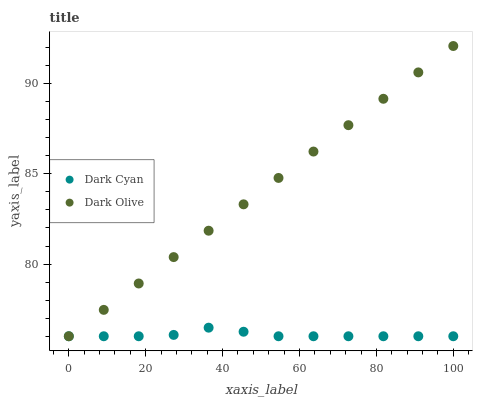
| xaxis_label | Dark Cyan | Dark Olive |
 | --- | --- | --- |
 | 0 | 76 | 76 |
 | 9.09 | 76 | 77.5 |
 | 18.2 | 76 | 78.9 |
 | 27.3 | 76.1 | 80.4 |
 | 36.4 | 76.5 | 81.8 |
 | 45.5 | 76.3 | 83.3 |
 | 54.5 | 76 | 84.8 |
 | 63.6 | 76 | 86.2 |
 | 72.7 | 76 | 87.7 |
 | 81.8 | 76 | 89.2 |
 | 90.9 | 76 | 90.6 |
 | 100 | 76 | 92.1 |